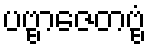
ပဗ္ဗာဇေတဗ္ဗံ